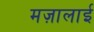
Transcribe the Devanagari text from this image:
मज़ालाई